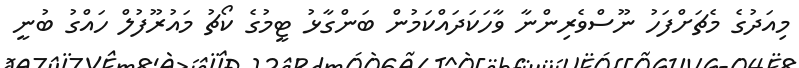
މިއަދުގެ މެޗަށްފަހު ނޫސްވެރިންނާ ވާހަކަދައްކަމުން ބަންގާޅު ޓީމުގެ ކޯޗު މައުރޫފުލް ހައްގު ބުނީ